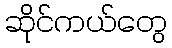
ဆိုင်ကယ်တွေ